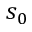
s _ { 0 }